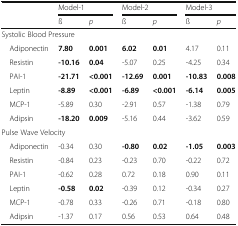
| <ROWSPAN=2>  | <COLSPAN=2> Model-1 | <COLSPAN=2> Model-2 | <COLSPAN=2> Model-3 |
 | ß | p | ß | p | ß | p |
 | --- | --- | --- | --- | --- | --- | --- |
 | <COLSPAN=7> Systolic Blood Pressure |
 | Adiponectin | 7.80 | 0.001 | 6.02 | 0.01 | 4.17 | 0.11 |
 | Resistin | -10.16 | 0.04 | -5.07 | 0.25 | -4.25 | 0.34 |
 | PAI-1 | -21.71 | <0.001 | -12.69 | 0.001 | -10.83 | 0.008 |
 | Leptin | -8.89 | <0.001 | -6.89 | <0.001 | -6.14 | 0.005 |
 | MCP-1 | -5.89 | 0.30 | -2.91 | 0.57 | -1.38 | 0.79 |
 | Adipsin | -18.20 | 0.009 | -5.16 | 0.44 | -3.62 | 0.59 |
 | <COLSPAN=7> Pulse Wave Velocity |
 | Adiponectin | -0.34 | 0.30 | -0.80 | 0.02 | -1.05 | 0.003 |
 | Resistin | -0.84 | 0.23 | -0.23 | 0.70 | -0.22 | 0.72 |
 | PAI-1 | -0.62 | 0.28 | 0.72 | 0.18 | 0.90 | 0.11 |
 | Leptin | -0.58 | 0.02 | -0.39 | 0.12 | -0.34 | 0.27 |
 | MCP-1 | -0.78 | 0.33 | -0.26 | 0.71 | -0.18 | 0.80 |
 | Adipsin | -1.37 | 0.17 | 0.56 | 0.53 | 0.64 | 0.48 |